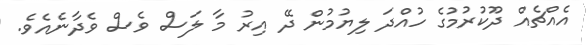
އެއްޗެއް ދޫކުރުމުގެ ހުއްދަ ލިޔުމުން ދޭ އިރު މާ ލަސް ވެސް ވެދާނެއެވެ.